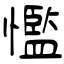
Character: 懢